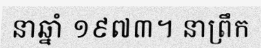
នាឆ្នាំ ១៩៧៣។ នាព្រឹក